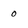
Character: 0